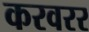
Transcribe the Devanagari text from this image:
करवरर